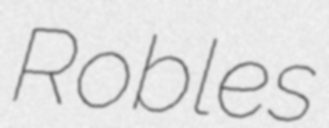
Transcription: Robles